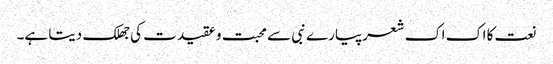
نعت کا اک اک شعرپیارے نبی سے محبت و عقیدت کی جھلک دیتا ہے۔